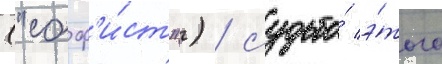
("соф'и́ст") / судьба́ э́того